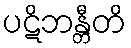
ပဋိဘန္တီတိ